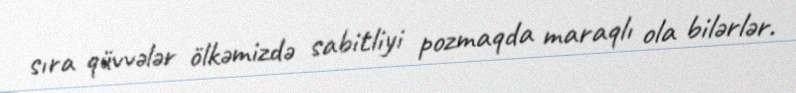
sıra qüvvələr ölkəmizdə sabitliyi pozmaqda maraqlı ola bilərlər.